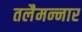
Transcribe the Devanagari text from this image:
तलैमन्‍नार